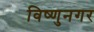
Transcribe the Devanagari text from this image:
विष्णुनगर